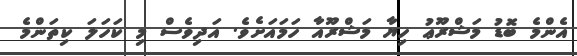
އެންމެ ބޮޑު މަޝްރޫޢު ހިޔާ މަޝްރޫއާ ހަމައަށެވެ. އަދިވެސް މި ކަހަލަ ކިތަންމެ